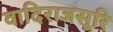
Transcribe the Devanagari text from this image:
वादिराजसूरि